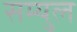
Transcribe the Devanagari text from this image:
सम्युल